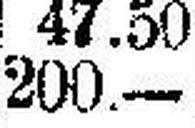
200.—